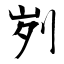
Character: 刿